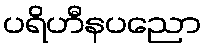
ပရိဟီနပညော